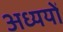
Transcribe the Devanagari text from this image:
अध्ययों